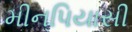
મીનપિયાસી